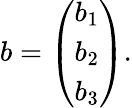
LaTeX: b=\left(\begin{array}{c}{{b_{1}}}\\ {{b_{2}}}\\ {{b_{3}}}\end{array}\right).